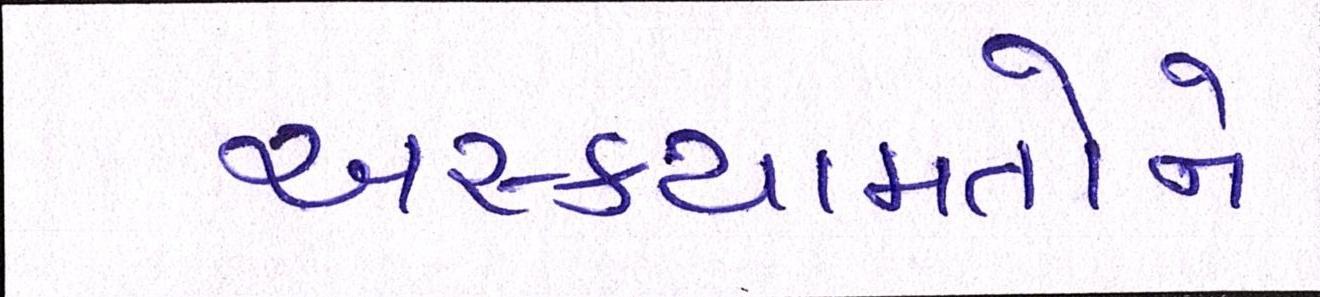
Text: અસ્કયામતોને